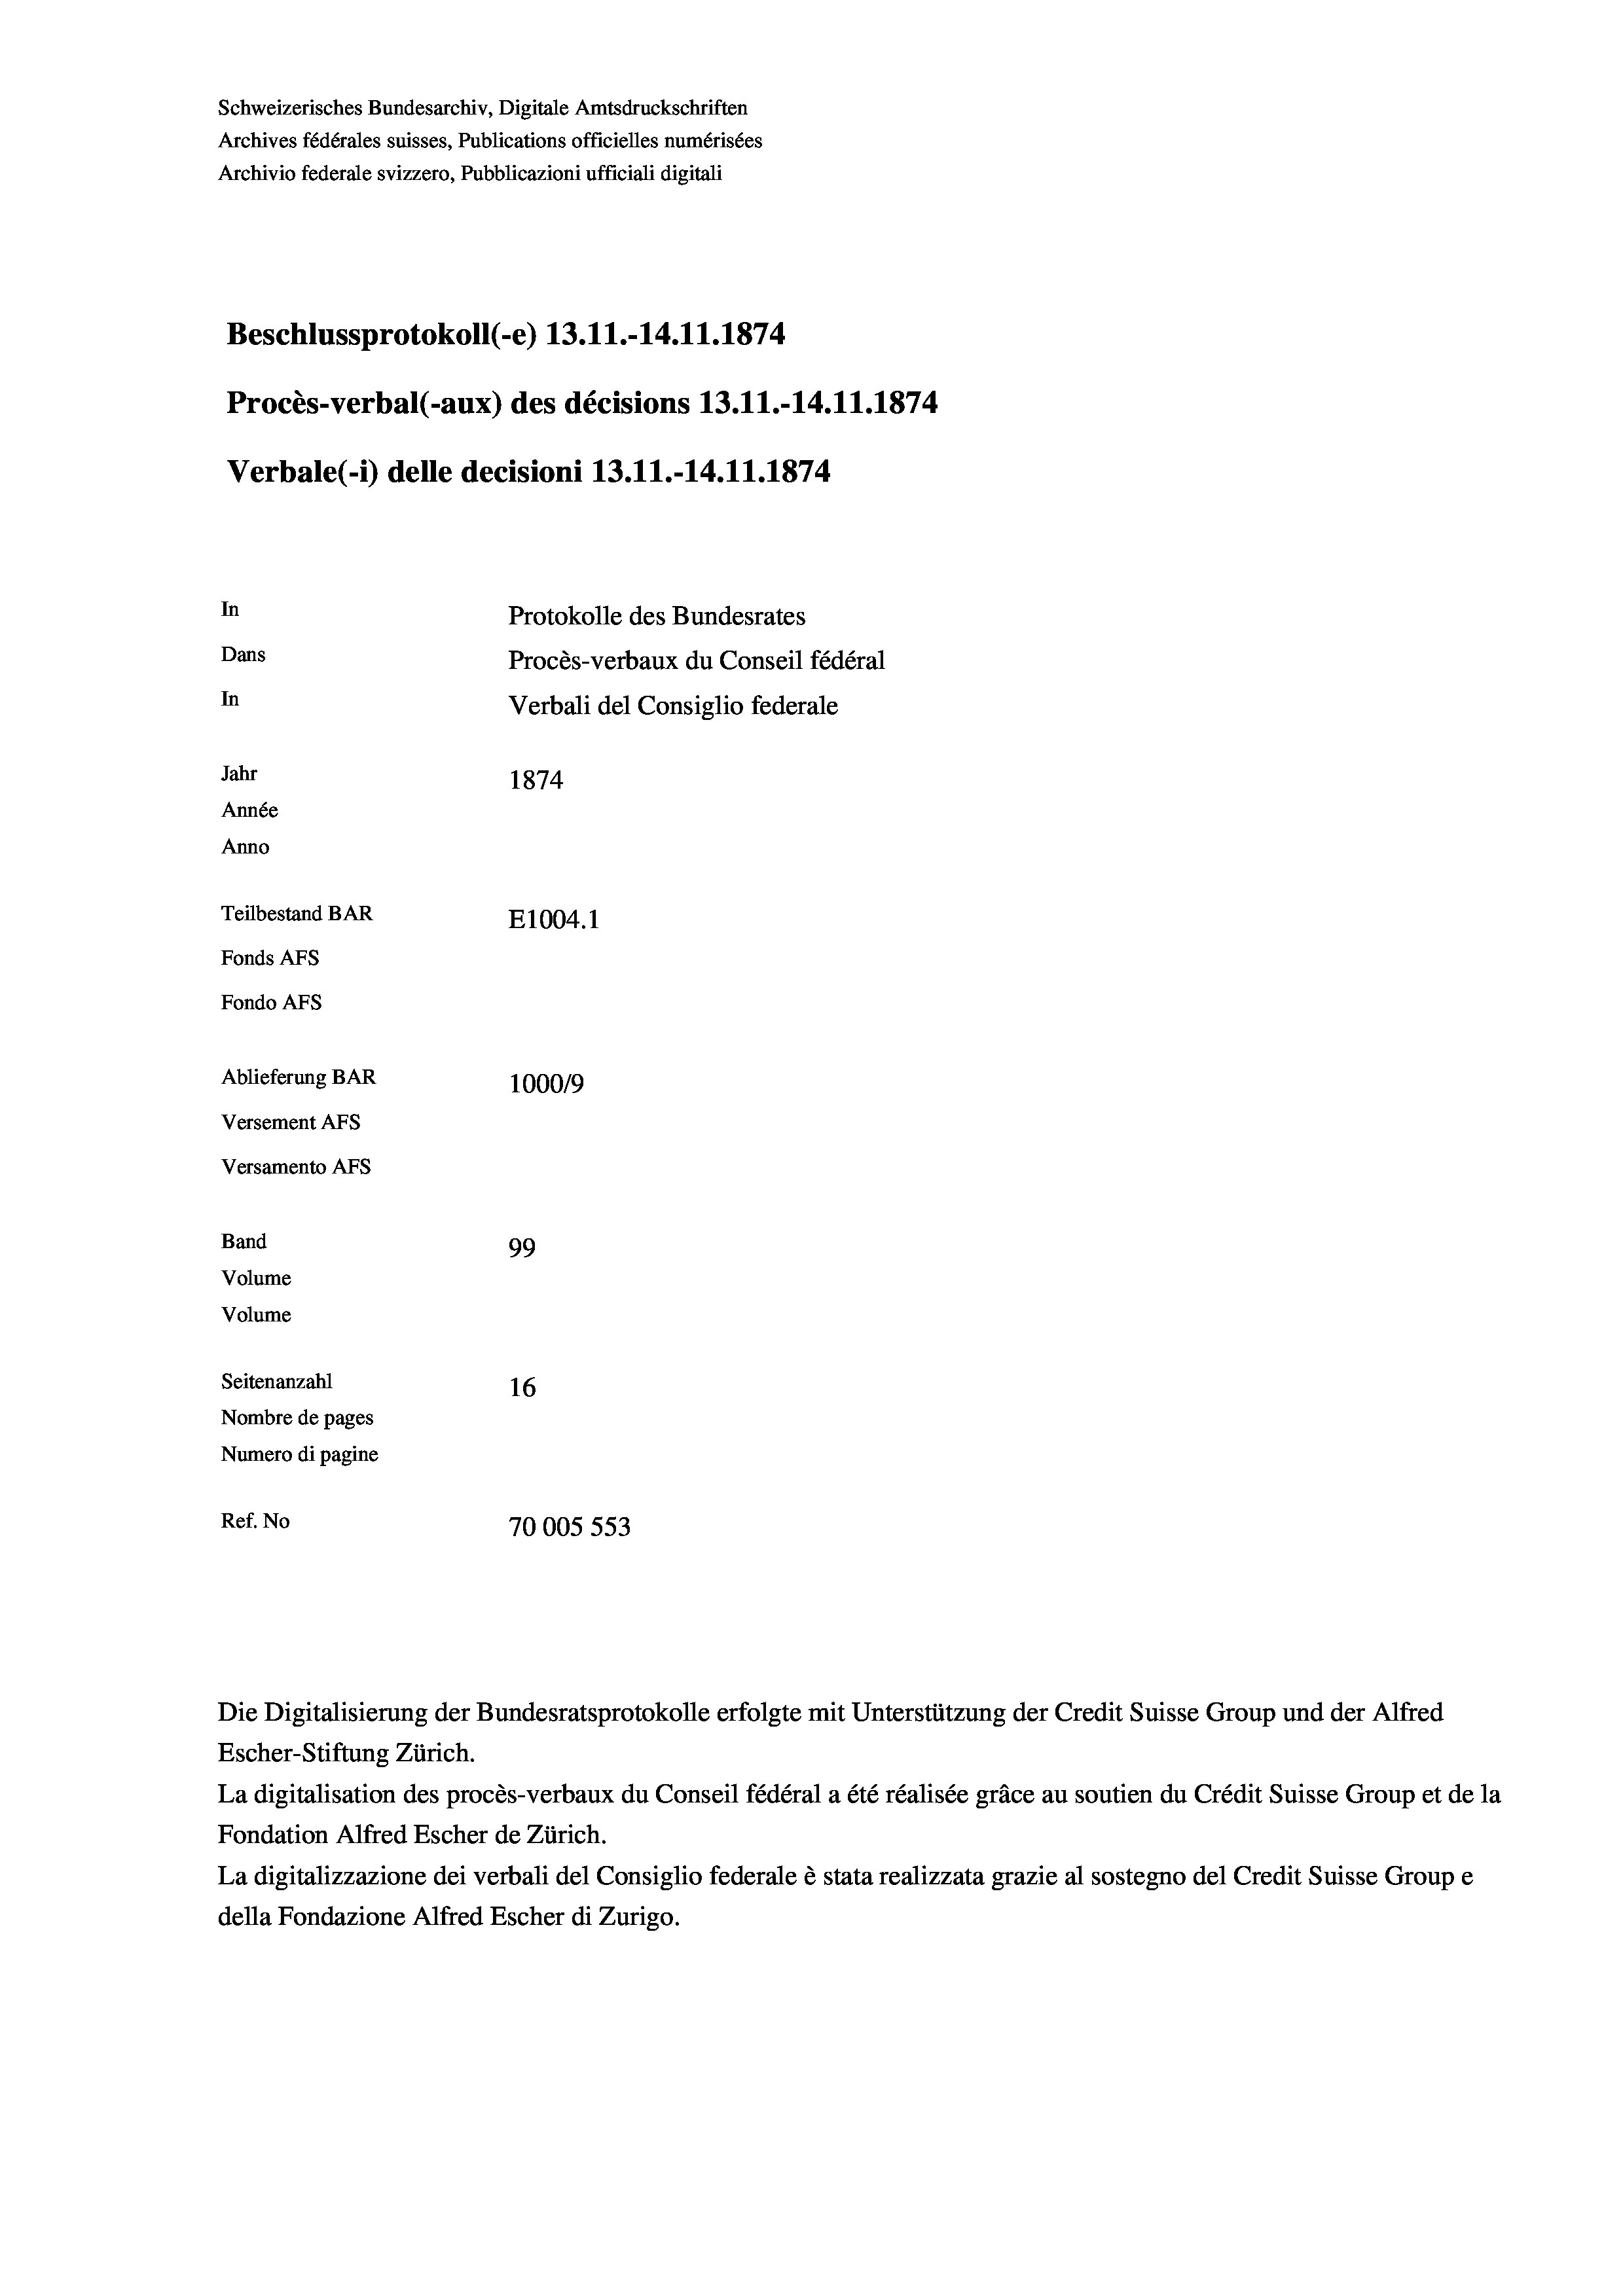
Schweizerisches Bundesarchiv, Digitale Amtsdruckschriften
Archives fédérales suisses, Publications officielles numérisées
Archivio federale svizzero, Pubblicazioni ufficiali digitali
Beschlussprotokoll (-e) 13.11.-14.11.1874
Procès-verbal (-aux) des décisions 13.11.-14.11.1874
Verbale(-*) delle decisioni 13.11.-14.11.1874
In
Protokolle des Bundesrates
Dans
Procès-verbaux du Conseil fédéral
In
Verbali del Consiglio federale
Jahr
1874
Année
Anno
Teilbestand BAR
E1004. 1
Fonds Afs
Fondo AFs
Ablieferung BAR
100019
Versement AFs
Versamento Afs
Band
99
Volume
Volume
Seitenanzahl
16
Nombre de pages
Numero di pagine
Ref. No
70005 553

Die Digitalisierung der Bundesratsprotokolle erfolgte mit Unterstützung der Credit Suisse Group und der Alfred
Escher-Stiftung Zürich.
La digitalisation des procès-verbaux du Conseil fédéral a été réalisée gräce au soutien du Crédit Suisse Group et de la
Fondation Alfred Escher de Zürich.
La digitalizzazione dei verbali del Consiglio federale è stata realizzata grazie al sostegno del Credit Suisse Groupe
della Fondazione Alfred Escher di Zurigo.